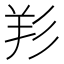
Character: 羏